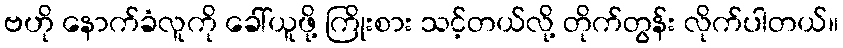
ဗဟို နောက်ခံလူကို ခေါ်ယူဖို့ ကြိုးစား သင့်တယ်လို့ တိုက်တွန်း လိုက်ပါတယ်။